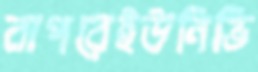
বাপরেইউনিভি